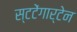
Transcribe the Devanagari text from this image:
स्टटेंगार्टेन